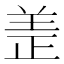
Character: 𫅏